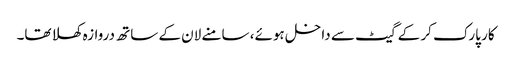
کار پارک کر کے گیٹ سے داخل ہوئے، سامنے لان کے ساتھ دروازہ کھلا تھا۔